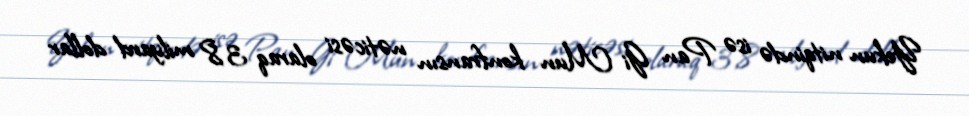
Yekun nitqində isə Pan Gi Mun konfransın nəticəsi olaraq 3,8 milyard dollar